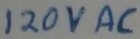
Text: 120VAC